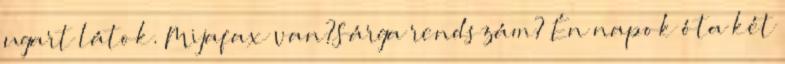
ugart látok. Mijafax van?Sárga rendszám? Én napok óta két